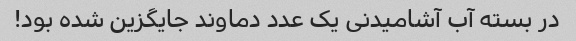
در بسته آب آشامیدنی یک عدد دماوند جایگزین شده بود!